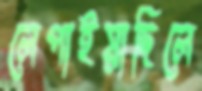
লেপাইয়াছিলে